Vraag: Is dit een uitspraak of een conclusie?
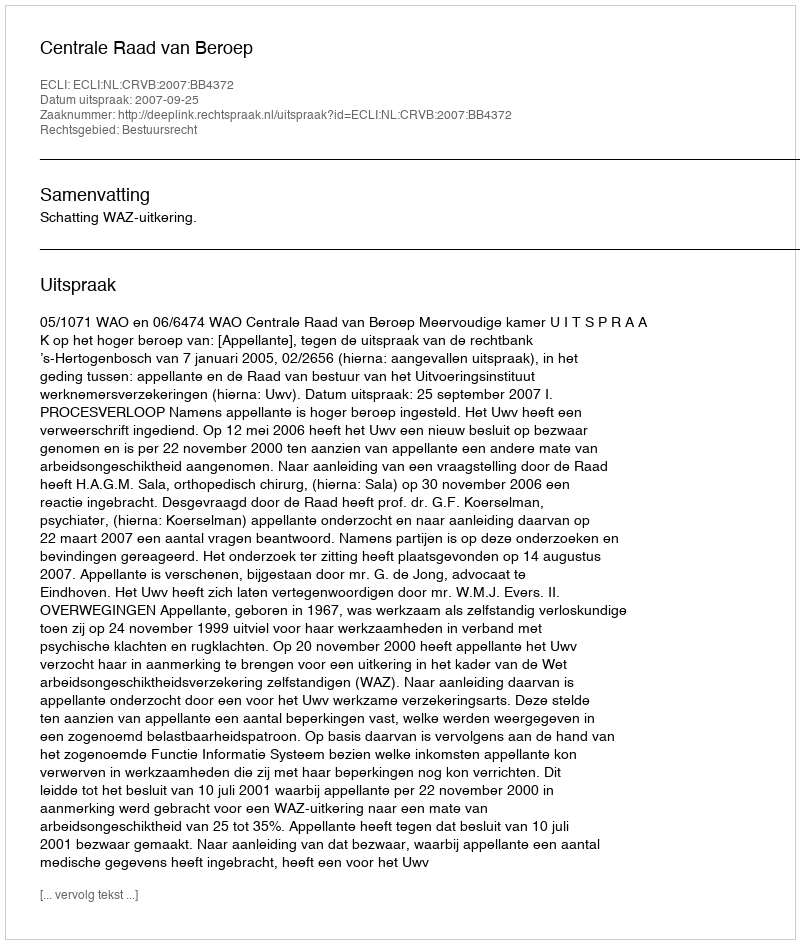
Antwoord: Uitspraak